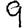
Digit: 9